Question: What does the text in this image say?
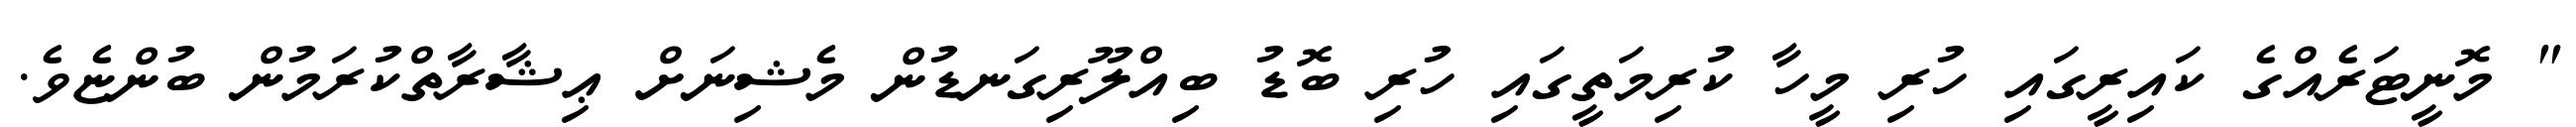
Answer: " މޮނީޓަރެއްގެ ކައިރީގައި ހުރި މީހާ ކުރިމަތީގައި ހުރި ބޮޑު ބިއްލޫރިގަނޑުން މެޝިނަށް ޢިޝާރާތްކުރަމުން ބުންޏެވެ.